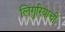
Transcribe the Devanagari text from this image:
लिगुरियाची